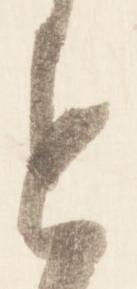
す